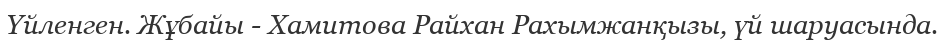
Үйленген. Жұбайы - Хамитова Райхан Рахымжанқызы, үй шаруасында.